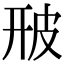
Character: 𤿐